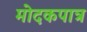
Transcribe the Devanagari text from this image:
मोदकपात्र